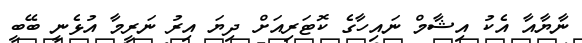
ނާޔާއާ އެކު އިޝާމް ނައިހާގެ ކޮޓަރިއަށް ދިޔަ އިރު ނަރީމާ އުޅެނީ ބޭބީ